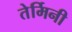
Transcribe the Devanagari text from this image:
तेर्मिनी